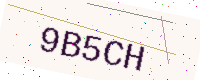
Text: 9B5CH